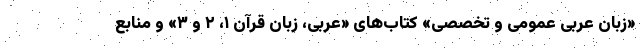
«زبان عربی عمومی و تخصصی» کتاب‌های «عربی، زبان قرآن ۱، ۲ و ۳» و منابع